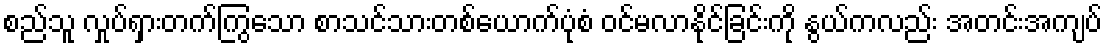
စည်သူ လှုပ်ရှားတက်ကြွသော စာသင်သားတစ်ယောက်ပုံစံ ဝင်မလာနိုင်ခြင်းကို နွယ်ကလည်း အတင်းအကျပ်